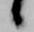
候